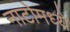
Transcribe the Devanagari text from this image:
नाटोमध्ये